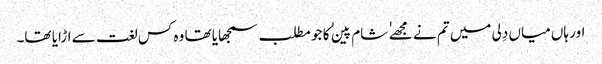
اور ہاں میاں دِلی میں تم نے مجھے ٰ ٰ شام پین ٰ ٰ کا جو مطلب سمجھایا تھا وہ کس لغت سے اڑایا تھا۔